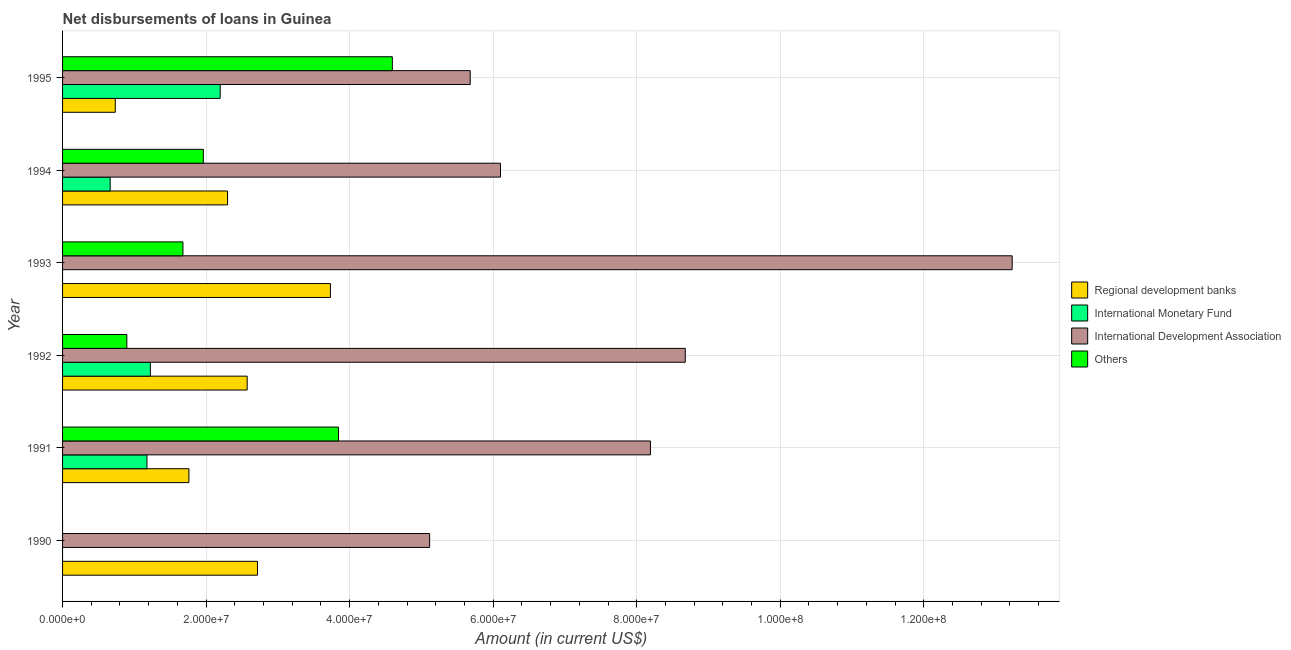
| Year | Regional development banks | International Monetary Fund | International Development Association | Others |
 | --- | --- | --- | --- | --- |
 | 1990 | 2.72e+07 | -9.9e+05 | 5.11e+07 | -3.73e+05 |
 | 1991 | 1.76e+07 | 1.18e+07 | 8.19e+07 | 3.84e+07 |
 | 1992 | 2.57e+07 | 1.22e+07 | 8.68e+07 | 8.95e+06 |
 | 1993 | 3.73e+07 | -3.23e+06 | 1.32e+08 | 1.68e+07 |
 | 1994 | 2.3e+07 | 6.63e+06 | 6.1e+07 | 1.96e+07 |
 | 1995 | 7.34e+06 | 2.2e+07 | 5.68e+07 | 4.59e+07 |